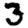
Digit: 3